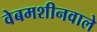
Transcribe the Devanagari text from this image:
वेबमशीनवाले